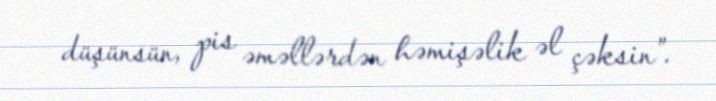
düşünsün, pis əməllərdən həmişəlik əl çəksin”.